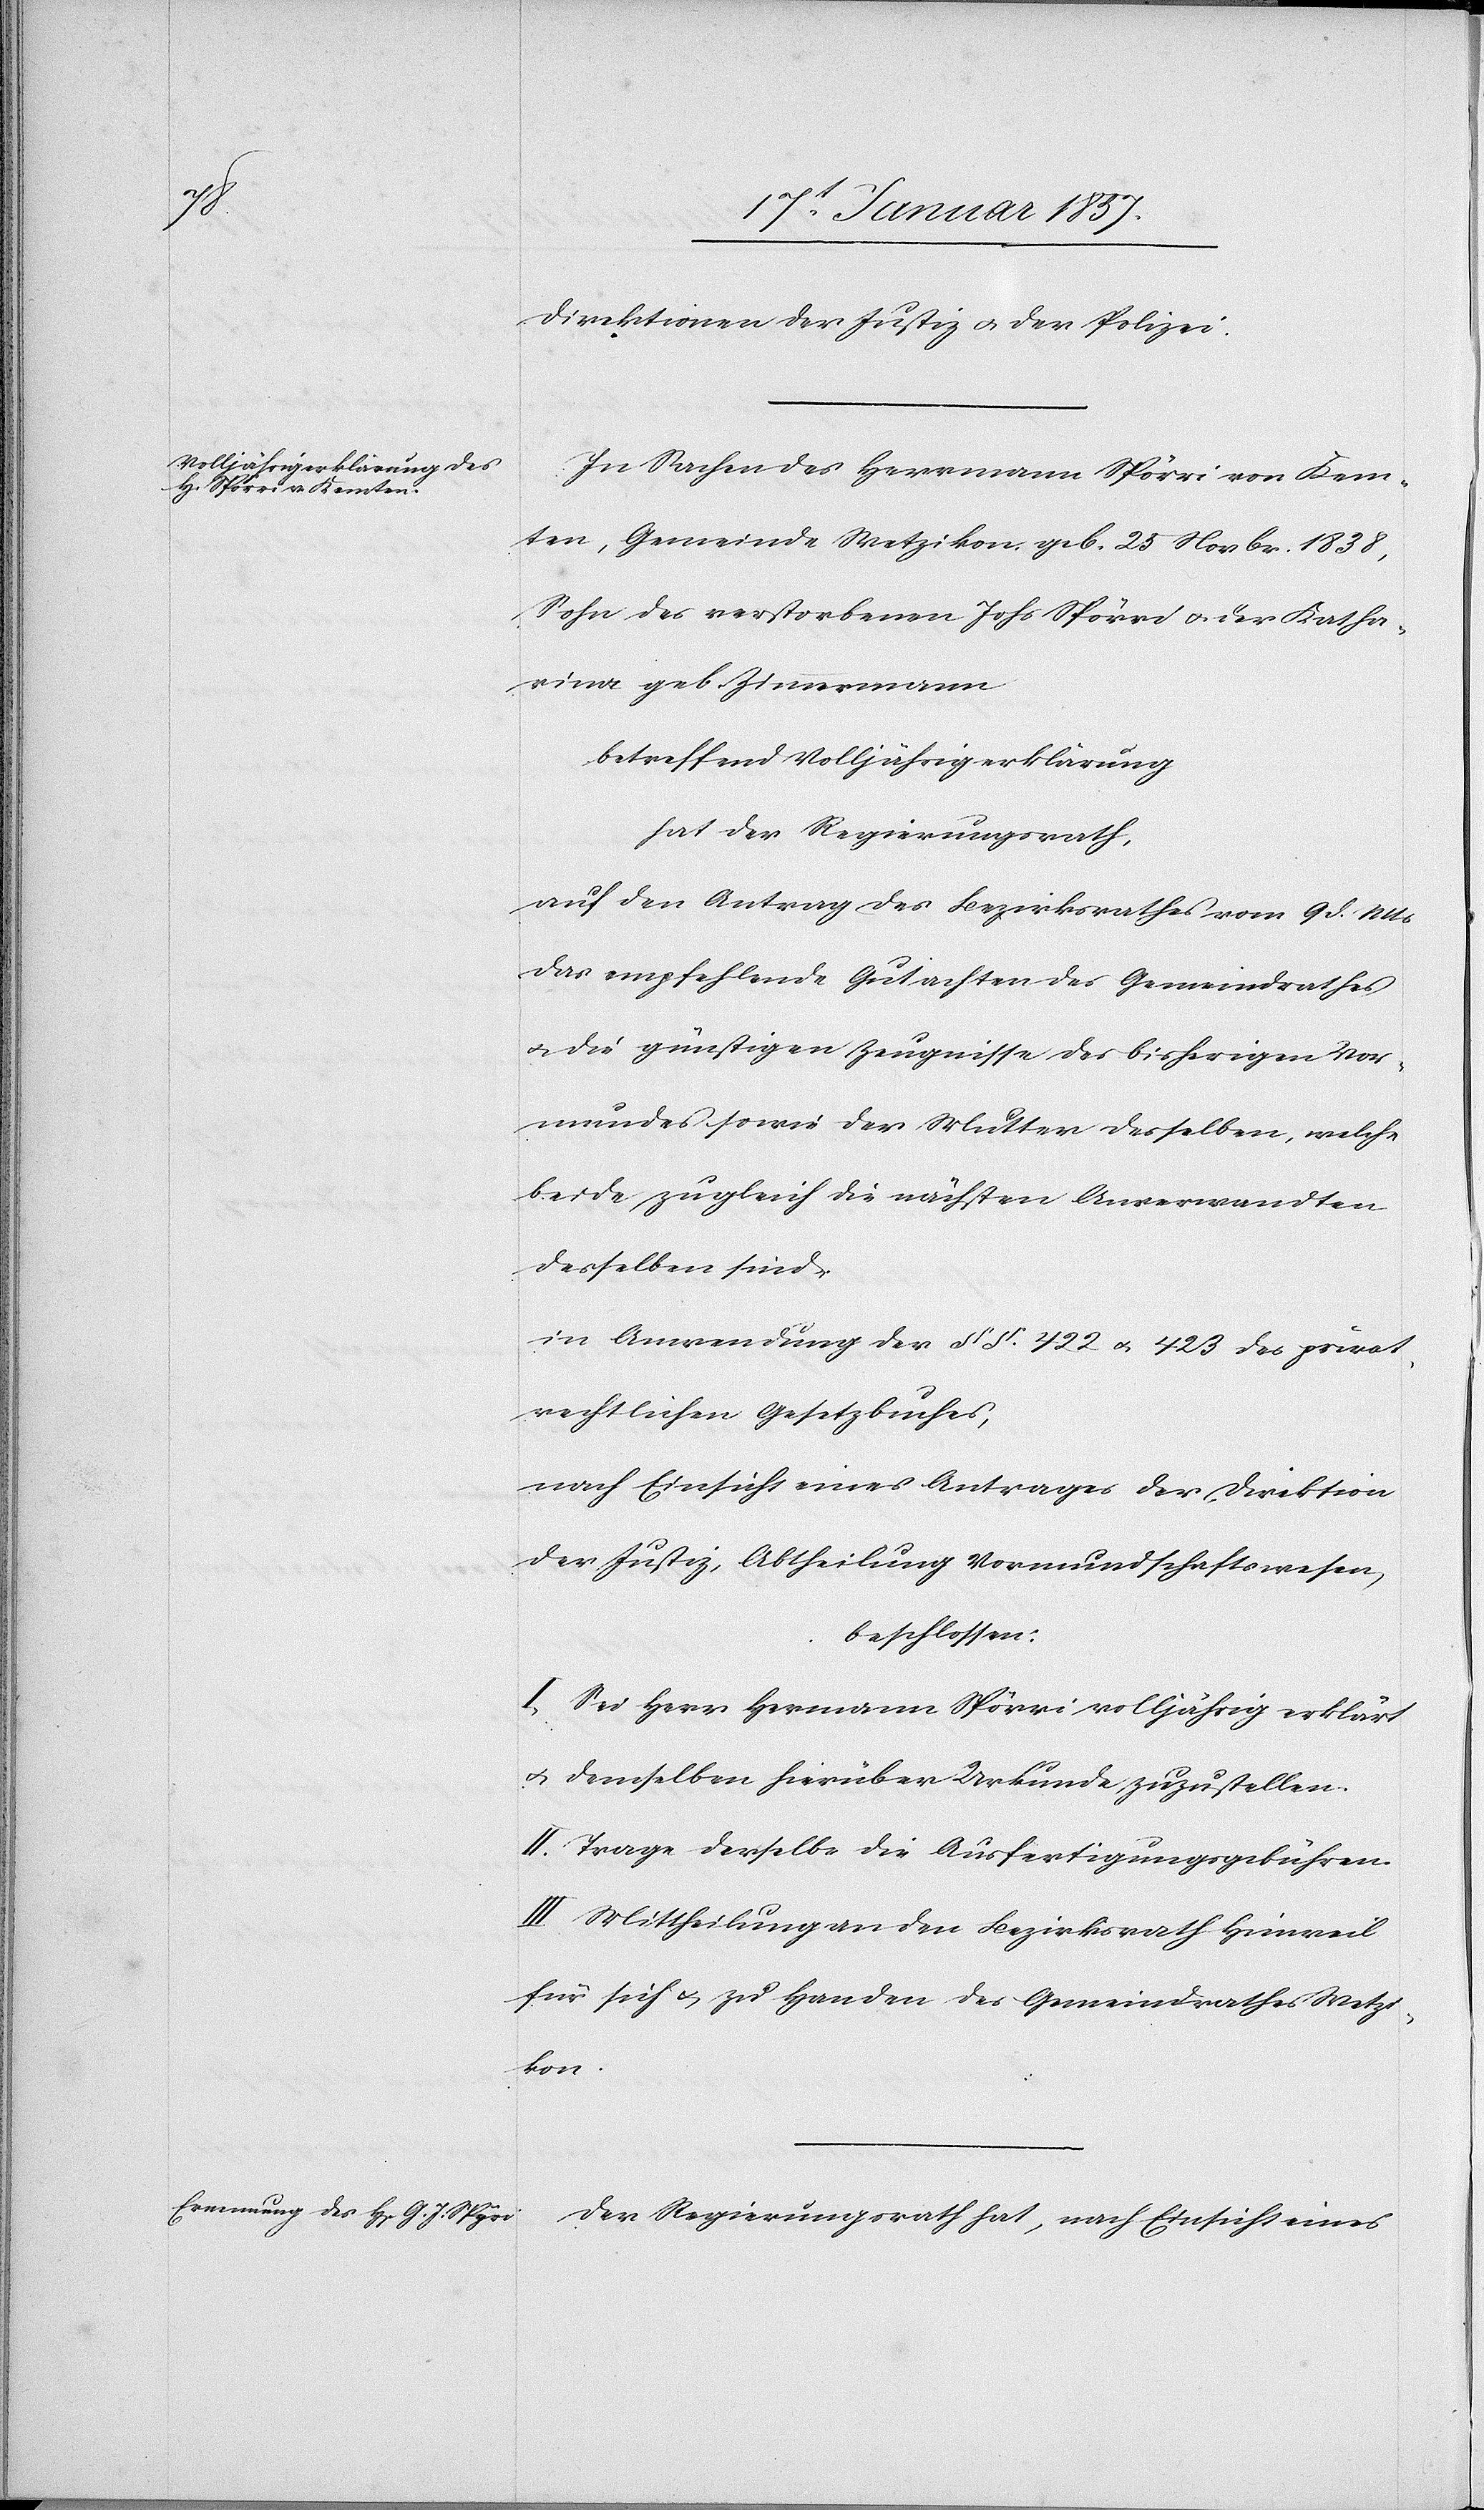
Direktion der Justiz u. der Polizei.
In Sachen des Herrmann Spörri von Kem¬
ten, Gemeinde Wetzikon, geb. 25 Novbr. 1838,
Sohn des verstorbenen Johs Spörri u. der Katha¬
rina geb. Zimmermann
betreffend Volljährigerklärung
hat der Regierungsrath,
auf den Antrag des Bezirksrathes vom 9 d. Mts
das empfehlende Gutachten des Gemeindrathes
u. die günstigen Zeugnisse des bisherigen Vor¬
mundes sowie der Mutter desselben, welche
beide zugleich die nächsten Anverwandten
desselben sind,
in Anwendung der §§. 442 u. 443 des privat¬
rechtlichen Gesetzbuches,
nach Einsicht eines Antrages der Direktion
der Justiz, Abtheilung Vormundschaftswesen,
beschlossen:
I. Sei Herr Hermann Spörri volljährig erklärt
u. demselben hierüber Urkunde zuzustellen.
II. Trage derselbe die Ausfertigungsgebühren.
III. Mittheilung an den Bezirksrath Hinweil
für sich & zu Handen des Gemeindrathes Wetzi¬
kon.
Der Regierungsrath hat, nach Einsicht eines